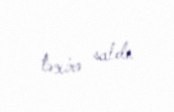
təxirə saldı.